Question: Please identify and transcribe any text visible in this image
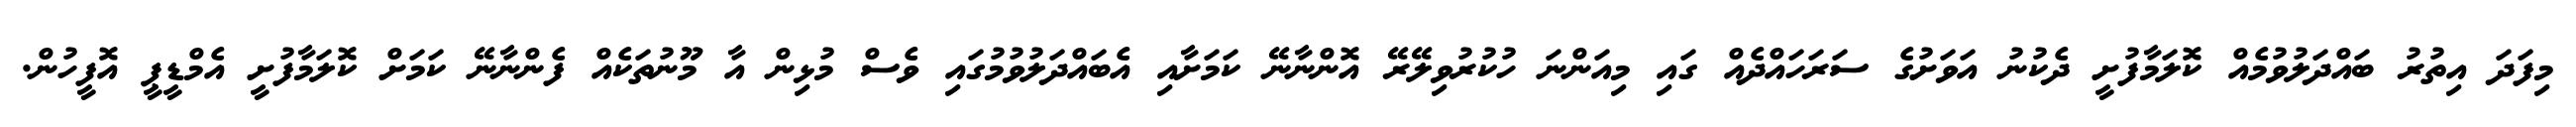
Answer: މިފަދަ އިތުރު ބައްދަލުވުމެއް ކޮލަމާފުށީ ދެކުނު އަވަށުގެ ސަރަހައްދެއް ގައި މިއަންނަ ހުކުރުވިލޭރޭ އޮންނާނޭ ކަމަށާއި އެބައްދަލުވުމުގައި ވެސް މުޅިން އާ މޫނުތަކެއް ފެންނާނޭ ކަމަށް ކޮލަމާފުށީ އެމްޑީޕީ އޮފީހުން.